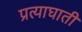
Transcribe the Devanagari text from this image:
प्रत्याघाती